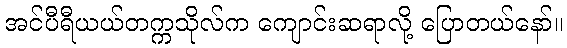
အင်ပီရီယယ်တက္ကသိုလ်က ကျောင်းဆရာလို့ ပြောတယ်နော်။